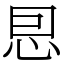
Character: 㤙